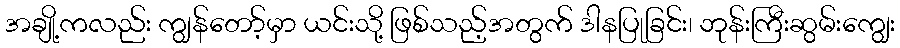
အချို့ကလည်း ကျွန်တော့်မှာ ယင်းသို့ ဖြစ်သည့်အတွက် ဒါနပြုခြင်း၊ ဘုန်းကြီးဆွမ်းကျွေး